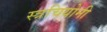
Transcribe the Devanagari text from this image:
स्त्रचियोनी